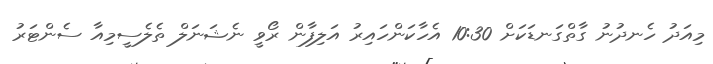
މިއަދު ހެނދުނު ގާތްގަނޑަކަށް 10:30 އެހާކަންހައިރު އަލިފާން ރޯވީ ނެޝަނަލް ތެލެސީމިއާ ސެންޓަރު